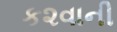
ક૨વાની